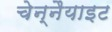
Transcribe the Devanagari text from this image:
चेन्नैयाइट